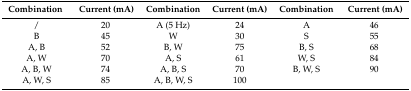
| Combination | Current (mA) | Combination | Current (mA) | Combination | Current (mA) |
 | --- | --- | --- | --- | --- | --- |
 | / | 20 | A (5 Hz) | 24 | A | 46 |
 | B | 45 | W | 30 | S | 55 |
 | A, B | 52 | B, W | 75 | B, S | 68 |
 | A, W | 70 | A, S | 61 | W, S | 84 |
 | A, B, W | 74 | A, B, S | 70 | B, W, S | 90 |
 | A, W, S | 85 | A, B, W, S | 100 |  |  |